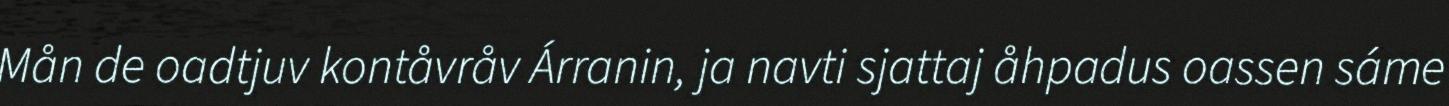
Mån de oadtjuv kontåvråv Árranin, ja navti sjattaj åhpadus oassen sáme